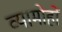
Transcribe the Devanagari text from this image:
व्यामोहों